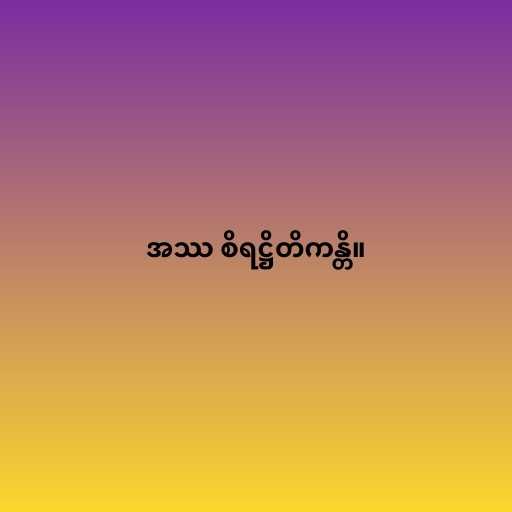
အဿ စိရဋ္ဌိတိကန္တိ။